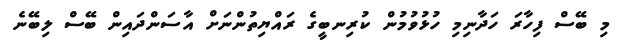
މި ބޭސް ފިހާރަ ހަދާނިމި ހުޅުވުމުން ކުރިނބީގެ ރައްޔިތުންނަށް އާސަންދައިން ބޭސް ލިބޭނެ